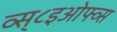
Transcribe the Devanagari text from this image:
व्स्८इओफ्व्स